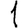
Digit: 1